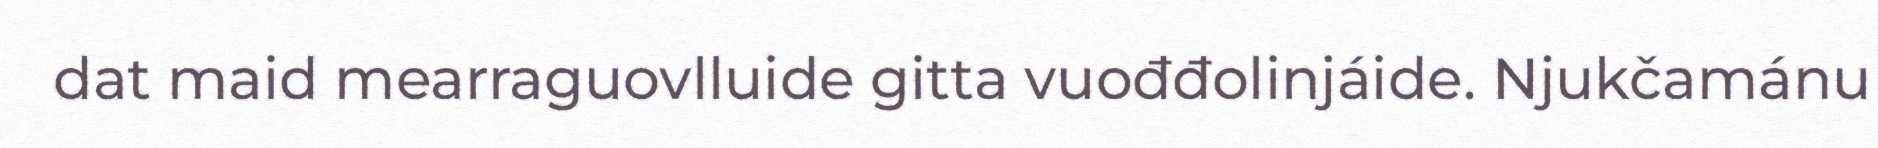
dat maid mearraguovlluide gitta vuođđolinjáide. Njukčamánu